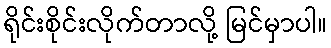
ရိုင်းစိုင်းလိုက်တာလို့ မြင်မှာပါ။